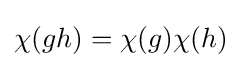
\chi (gh)=\chi (g)\chi (h)